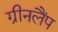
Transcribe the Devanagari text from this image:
ग्रीनलैंप